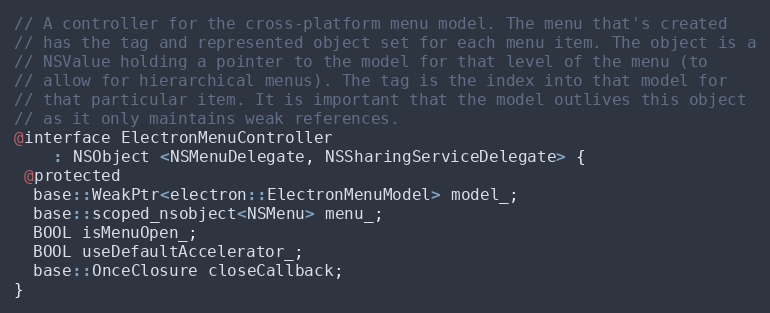
Language: C
// A controller for the cross-platform menu model. The menu that's created
// has the tag and represented object set for each menu item. The object is a
// NSValue holding a pointer to the model for that level of the menu (to
// allow for hierarchical menus). The tag is the index into that model for
// that particular item. It is important that the model outlives this object
// as it only maintains weak references.
@interface ElectronMenuController
    : NSObject <NSMenuDelegate, NSSharingServiceDelegate> {
 @protected
  base::WeakPtr<electron::ElectronMenuModel> model_;
  base::scoped_nsobject<NSMenu> menu_;
  BOOL isMenuOpen_;
  BOOL useDefaultAccelerator_;
  base::OnceClosure closeCallback;
}